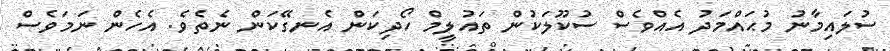
ސުލައިމާނު މުޙައްމަދު އެއްވެސް ސުކޫލަކުން ތައުލީމް ހޯދިކަން އެނގޭކަން ނެތެވެ. އެހެން ނަމަވެސް